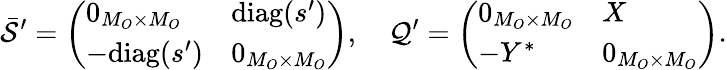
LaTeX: \bar{\mathcal{S}}^{\prime}=\left(\begin{array}{ll}{0_{M_{O}\times M_{O}}}&{\mathrm{diag}(s^{\prime})}\\ {-\mathrm{diag}(s^{\prime})}&{0_{M_{O}\times M_{O}}}\end{array}\right),\quad\mathcal{Q}^{\prime}=\left(\begin{array}{ll}{0_{M_{O}\times M_{O}}}&{X}\\ {-Y^{*}}&{0_{M_{O}\times M_{O}}}\end{array}\right).